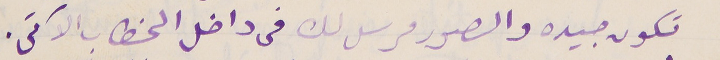
تكون جيده والصور مرسل لك فى داخل الخطاب الآتى.